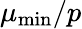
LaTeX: \mu_{\mathrm{{min}}}/p